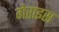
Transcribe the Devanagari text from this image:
गेराइस